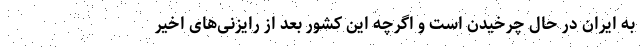
به ایران در حال چرخیدن است و اگرچه این کشور بعد از رایزنی‌های اخیر